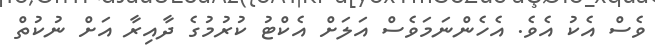
ވެސް އެކު އެވެ. އެހެންނަމަވެސް އަލަށް އެކްޓު ކުރުމުގެ ދާއިރާ އަށް ނުކުތް